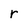
Character: r